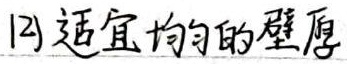
(2)适宜均匀的壁厚